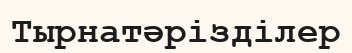
Тырнатәрізділер